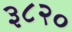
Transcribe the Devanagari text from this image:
३८२०